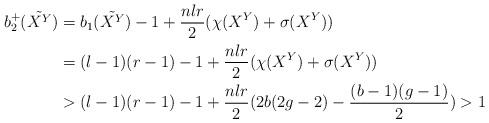
LaTeX: \begin{align*}b^{+}_2 (\tilde{X^Y}) &= b_1 (\tilde{X^Y}) - 1 + \frac{nlr}{2} ( \chi ( X^Y) + \sigma(X^Y)) \\ &= (l-1)(r-1) - 1 + \frac{nlr}{2}(\chi(X^Y) + \sigma(X^Y)) \\&> (l-1)(r-1)-1 + \frac{nlr}{2} ( 2b(2g-2) - \frac{(b-1)(g-1)}{2}) > 1\end{align*}